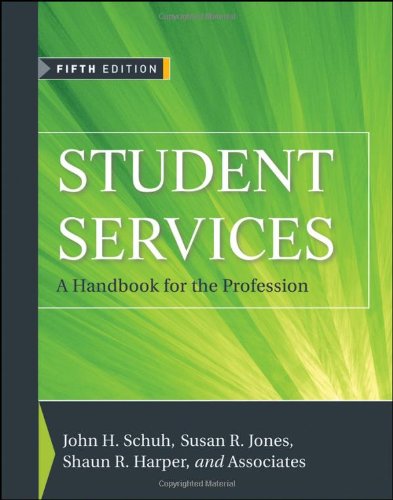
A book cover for Student Services: A Handbook for the Profession; Education & Teaching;